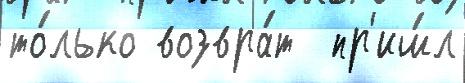
то́лько возвра́т  пр'иш́л